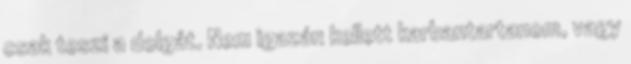
csak teszi a dolgát. Nem igazán kellett karbantartanom, vagy